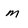
Character: m